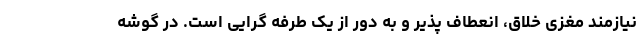
نیازمند مغزی خلاق، انعطاف پذیر و به دور از یک طرفه گرایی است. در گوشه